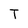
Character: T